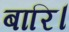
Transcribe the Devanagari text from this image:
बारि।